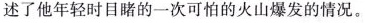
述了他年轻时目睹的一次可怕的火山爆发的情况。